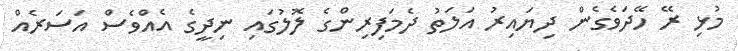
މުޅި ރޭ ހޭދަވެގެން ދިޔައިރު އަލަތު ދެމަފިރިންގެ ލޮލުގައި ނިދީގެ އެއްވެސް އަސަރެއް